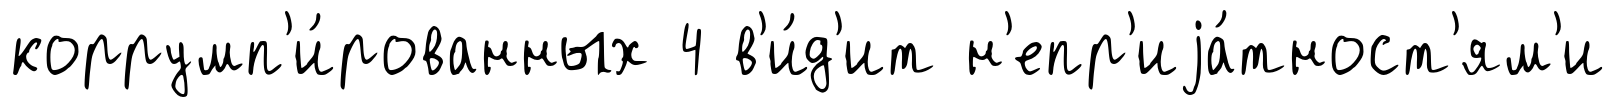
коррумп'и́рованных 4 в'и́д'ит н'епр'иjа́тност'ям'и